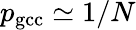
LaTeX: p_{\mathrm{gcc}}\simeq 1/N